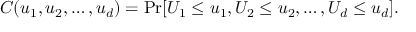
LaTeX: C ( u _ { 1 } , u _ { 2 } , \dots , u _ { d } ) = \operatorname* { P r } [ U _ { 1 } \leq u _ { 1 } , U _ { 2 } \leq u _ { 2 } , \dots , U _ { d } \leq u _ { d } ] .